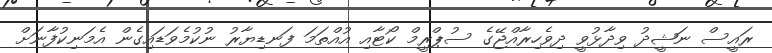
ރައީސް ނަޝީދު ވިދާޅުވީ ދިވެހިރާއްޖޭގެ ސުޕްރީމް ކޯޓާއި އުއްތަމަ ފަނޑިޔާރު ނުކުމެވަޑައިގެން އެމަނިކުފާނަށް